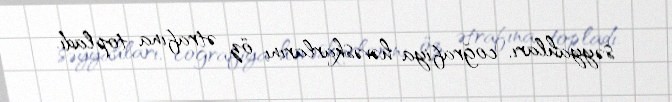
səyyahları, coğrafiya həvəskarlarını öz ətrafına topladı.